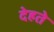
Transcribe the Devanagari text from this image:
देहते